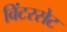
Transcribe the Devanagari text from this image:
विंटरसेट